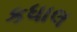
કધાલ